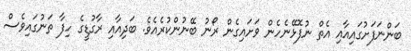
ބަންނަފަށުގައިއާއި އެތް ނުފޮޅޭނެހެން ވަށައިގެން ރޯނު ބޭނުންކުރެއެވެ. ބަދިއާއި ރާގުޑީގެ ހިފާ ތަނުގައިވެސް